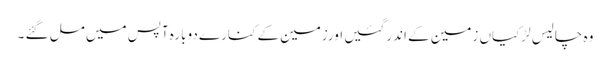
وہ چالیس لڑکیاں زمین کے اندر گئیں اورزمین کے کنارے دوبارہ آپس میں مل گئے ۔